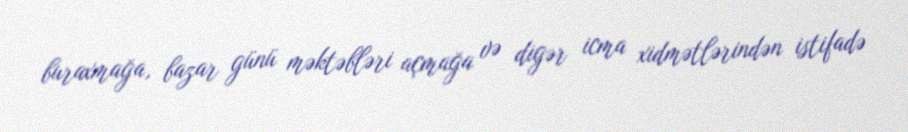
buraxmağa, bazar günü məktəbləri açmağa və digər icma xidmətlərindən istifadə